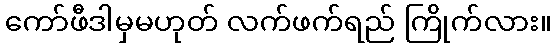
ကော်ဖီဒါမှမဟုတ် လက်ဖက်ရည် ကြိုက်လား။